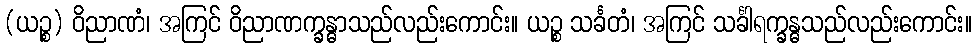
(ယဉ္စ) ဝိညာဏံ၊ အကြင် ဝိညာဏက္ခန္ဓာသည်လည်းကောင်း။ ယဉ္စ သင်္ခတံ၊ အကြင် သင်္ခါရက္ခန္ဓသည်လည်းကောင်း။